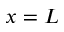
x = L